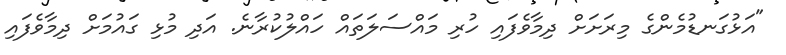
"އަޅުގަނޑުމެންގެ މިރަށަށް ދިމާވެފައި ހުރި މައްސަލަތައް ހައްލުކުރާނެ. އަދި މުޅި ގައުމަށް ދިމާވެފައި